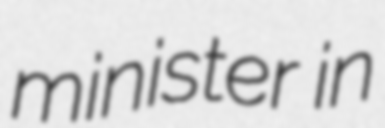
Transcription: minister in